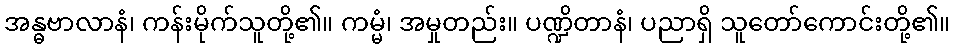
အန္ဓဗာလာနံ၊ ကန်းမိုက်သူတို့၏။ ကမ္မံ၊ အမှုတည်း။ ပဏ္ဍိတာနံ၊ ပညာရှိ သူတော်ကောင်းတို့၏။